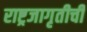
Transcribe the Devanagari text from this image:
राष्ट्रजागृतीची